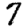
Digit: 7